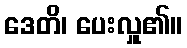
ဒေတိ၊ ပေးလှူ၏။